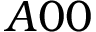
A 0 0